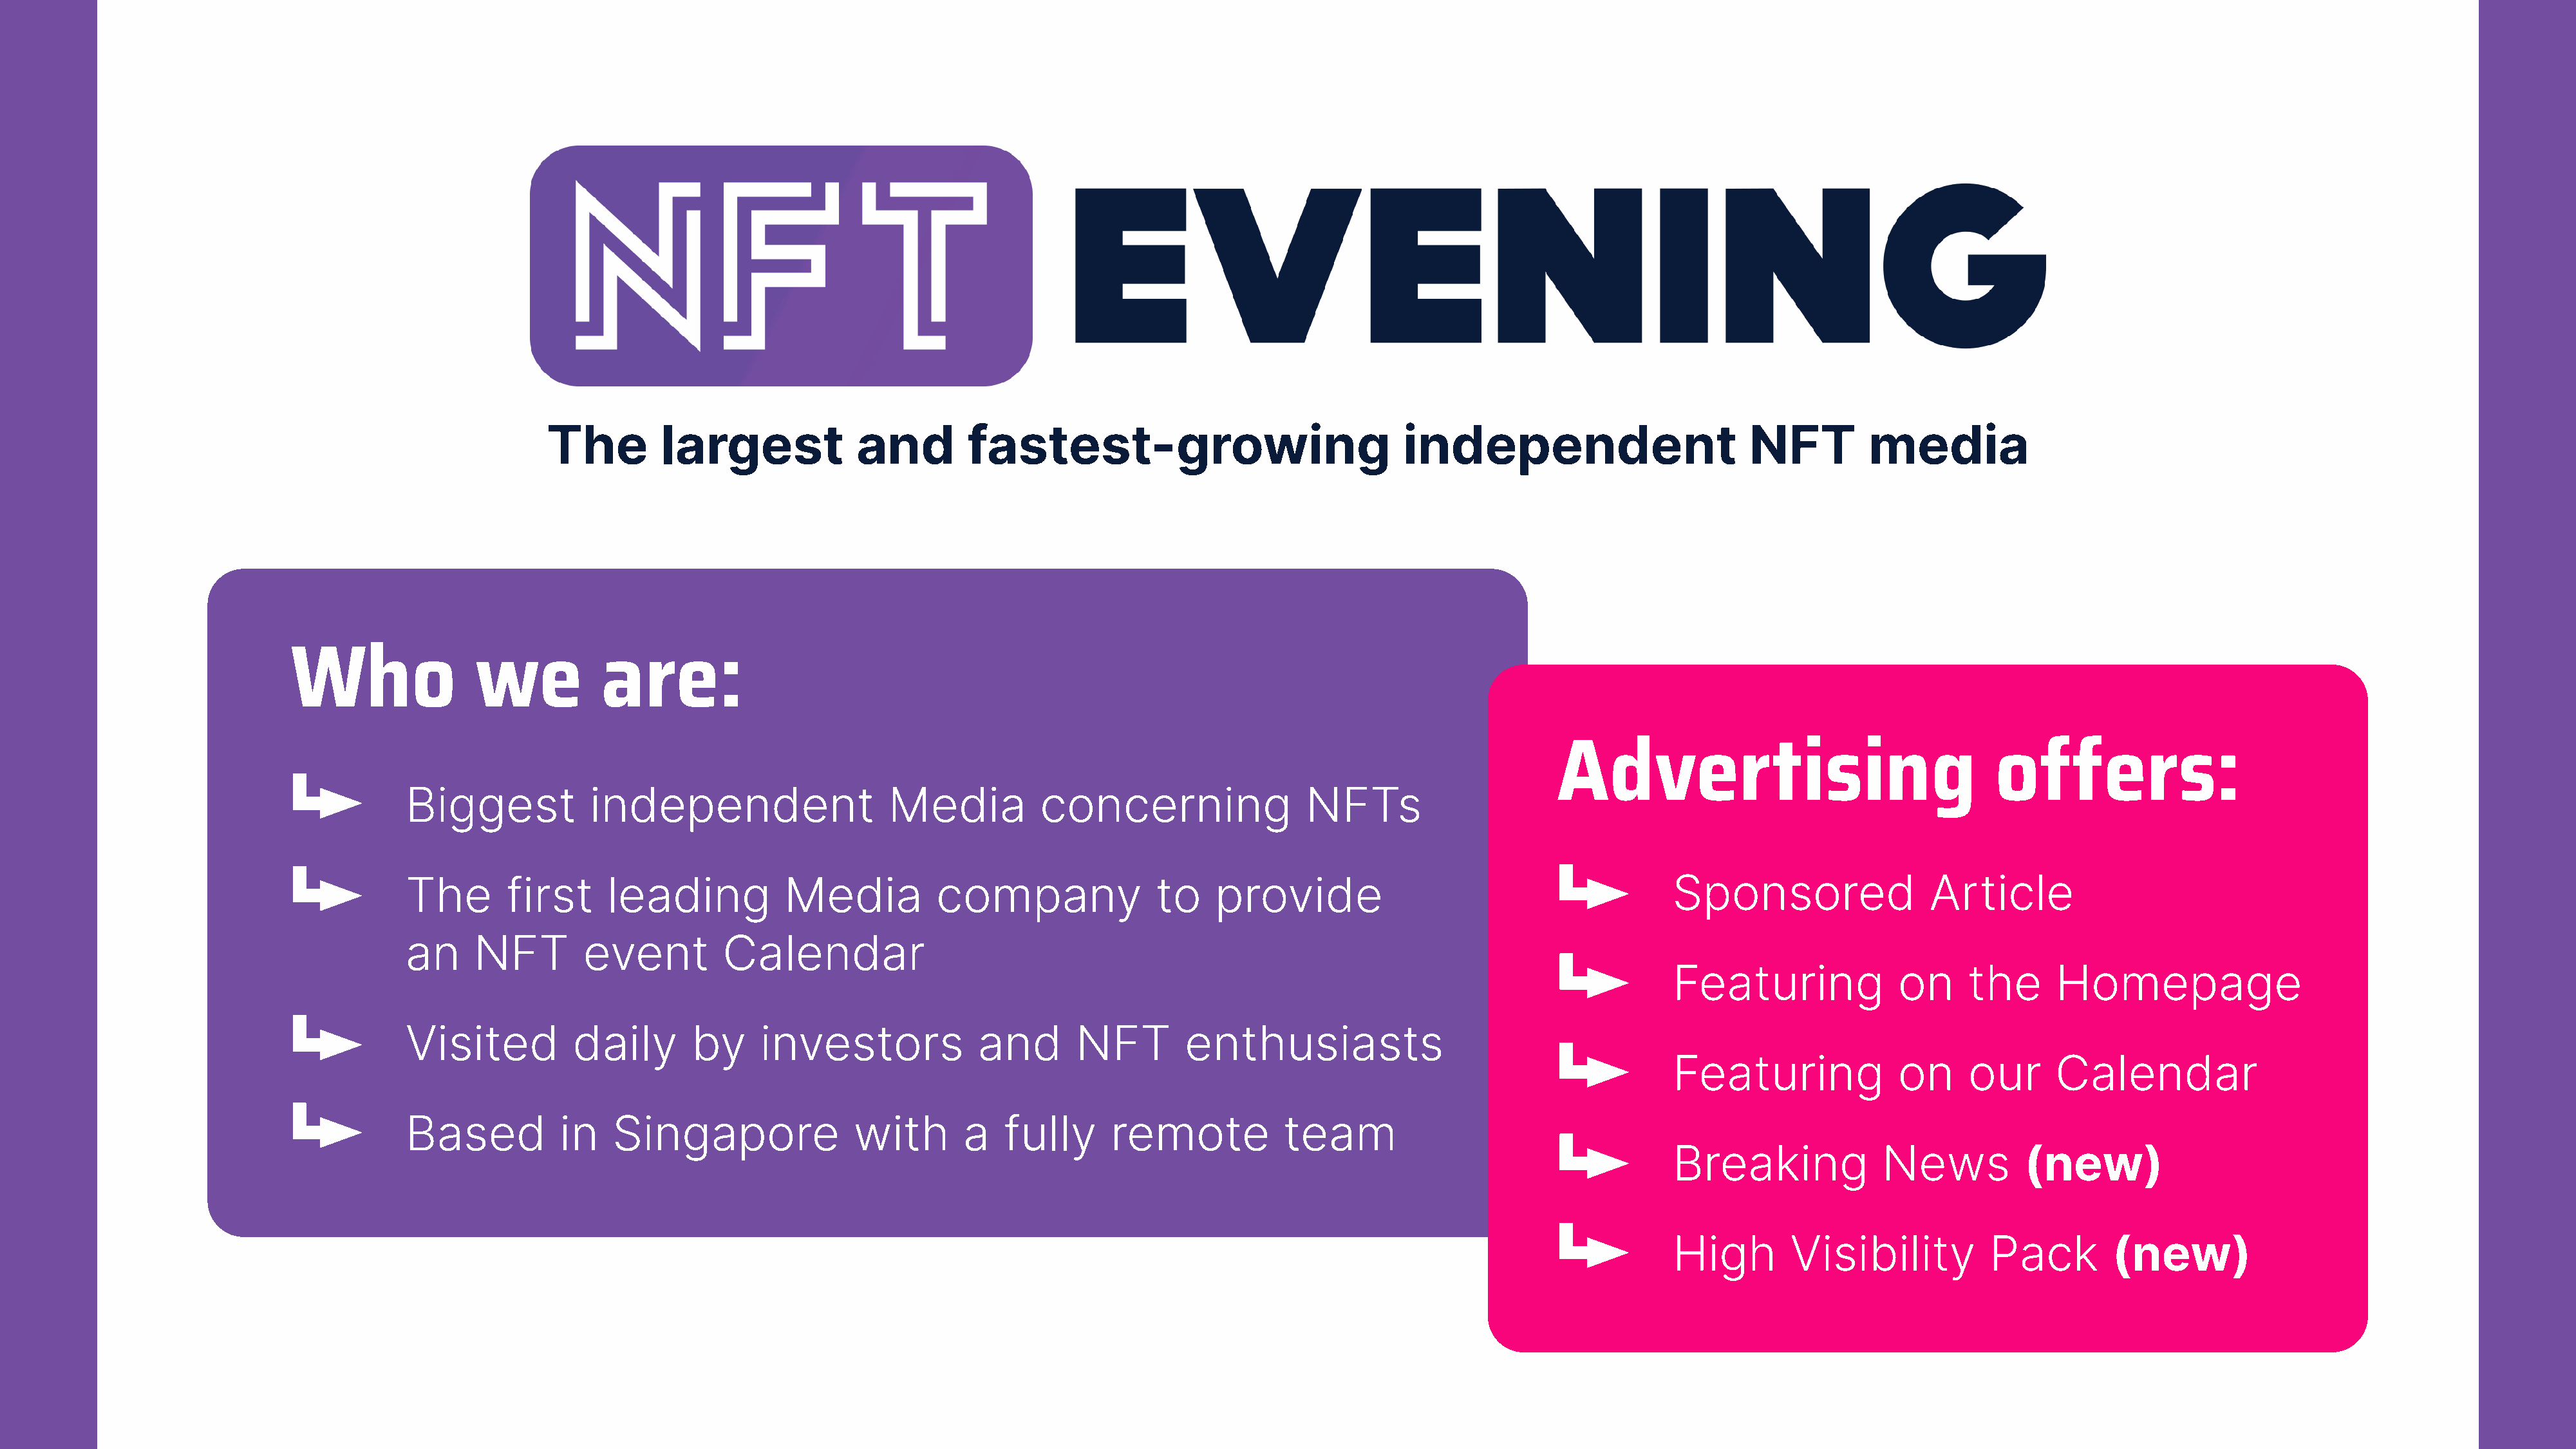
The         largest             and        fastest-growing                              independent                         NFT         media
 Who                we           are:
 Advertising                                  offers:
 Biggest            independent                   Media           concerning                 NFTs
 The       first     leading            Media          company                to    provide                                        Sponsored                 Article
 an     NFT        event         Calendar
 Featuring              on     the      Homepage
 Visited          daily       by     investors             and        NFT        enthusiasts
 Featuring              on     our      Calendar
 Based           in   Singapore                with       a   fully      remote            team
 Breaking             News           (new)
 High        Visibility           Pack        (new)